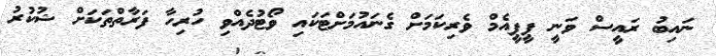
ނައިބު ރައީސް ވަނީ ޕީޕީއެމް ވެރިކަމަށް ގެނައުމަށްޓަކައި ވޯޓުދެއްވި ހުރިހާ ފަރާތްތަކަށް ޝުކުރު